Scottish Leaving Certificate Examination, 1956
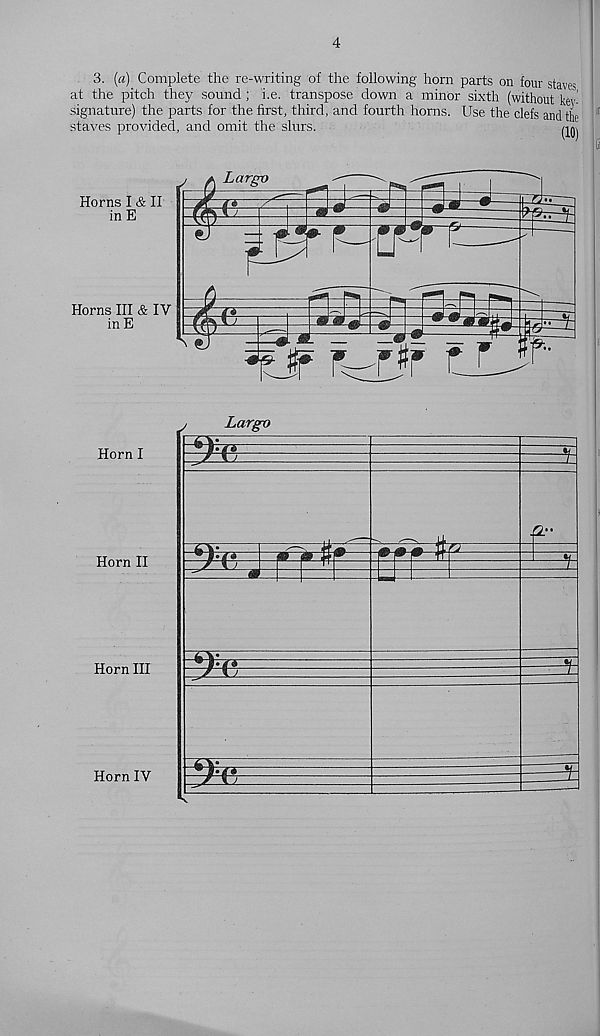
4
3. (a) Complete the re-writing of the following horn parts on four staves
at the pitch they sound; i.e. transpose down a minor sixth (without kev-
signature) the parts for the first, third, and fourth horns. Use the clefs and the
staves provided, and omit the slurs.
qq.
Horn I
Horn II
Horn III
Horn IV